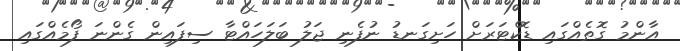
އާންމު ގޮތެއްގައި ޑޮކްޓަރަށް ހަށިގަނޑު ނުފެނި ޖަލު ބަލަހައްޓާ ސިފައިން ގެންނަ ފޯމެއްގައި